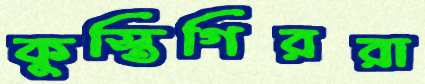
কুস্তিগিররা